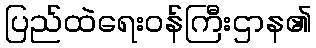
ပြည်ထဲရေးဝန်ကြီးဌာန၏